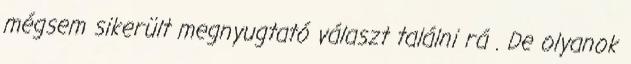
mégsem sikerült megnyugtató választ találni rá . De olyanok